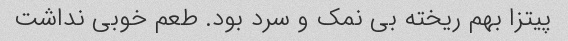
پیتزا بهم ریخته بی نمک و سرد بود. طعم خوبی نداشت